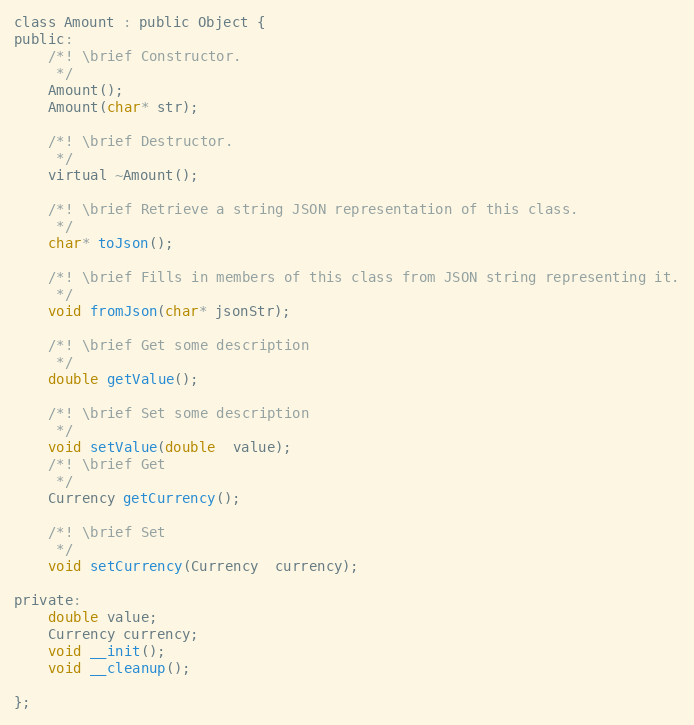
Language: C
class Amount : public Object {
public:
	/*! \brief Constructor.
	 */
	Amount();
	Amount(char* str);

	/*! \brief Destructor.
	 */
	virtual ~Amount();

	/*! \brief Retrieve a string JSON representation of this class.
	 */
	char* toJson();

	/*! \brief Fills in members of this class from JSON string representing it.
	 */
	void fromJson(char* jsonStr);

	/*! \brief Get some description
	 */
	double getValue();

	/*! \brief Set some description
	 */
	void setValue(double  value);
	/*! \brief Get
	 */
	Currency getCurrency();

	/*! \brief Set
	 */
	void setCurrency(Currency  currency);

private:
	double value;
	Currency currency;
	void __init();
	void __cleanup();

};